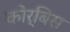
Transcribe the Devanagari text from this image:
कोर्बिस